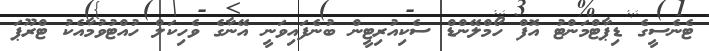
ޓެނެސީގެ ޑިޕާޓްމަންޓު އޮފް ހޯމްލޭންޑް ސެކިއުރިޓީން ބުނެފައިވަނީ އޭނާގެ ވެހިކަލް ހުއްޓުވުމާއެކު ޓްރޫޕަ